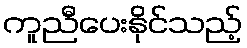
ကူညီပေးနိုင်သည့်